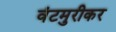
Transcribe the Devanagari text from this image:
वंटमुरीकर